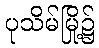
ပုသိမ်မြို့၌